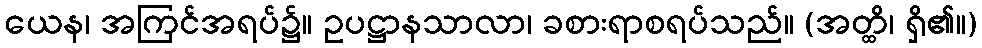
ယေန၊ အကြင်အရပ်၌။ ဥပဋ္ဌာနသာလာ၊ ခစားရာစရပ်သည်။ (အတ္ထိ၊ ရှိ၏။)